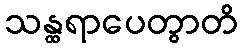
သန္ထရာပေတွာတိ